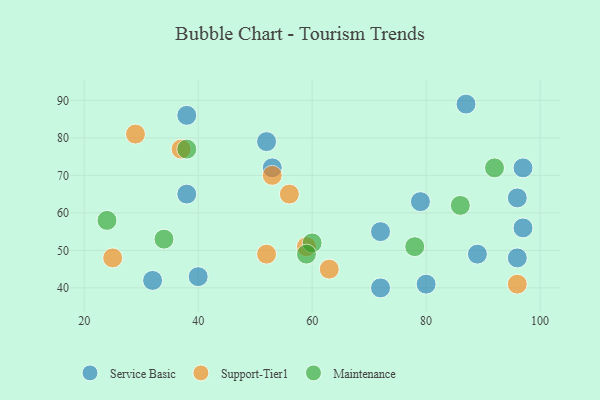
{"axis": {"x": "GDP", "y": "Life Expectancy"}, "legend": ["Maintenance", "Service Basic", "Support-Tier1"], "data": [{"x": "87", "y": 89, "type": "Service Basic"}, {"x": "53", "y": 72, "type": "Service Basic"}, {"x": "96", "y": 64, "type": "Service Basic"}, {"x": "72", "y": 55, "type": "Service Basic"}, {"x": "32", "y": 42, "type": "Service Basic"}, {"x": "52", "y": 79, "type": "Service Basic"}, {"x": "89", "y": 49, "type": "Service Basic"}, {"x": "38", "y": 86, "type": "Service Basic"}, {"x": "97", "y": 56, "type": "Service Basic"}, {"x": "96", "y": 48, "type": "Service Basic"}, {"x": "38", "y": 65, "type": "Service Basic"}, {"x": "80", "y": 41, "type": "Service Basic"}, {"x": "72", "y": 40, "type": "Service Basic"}, {"x": "40", "y": 43, "type": "Service Basic"}, {"x": "97", "y": 72, "type": "Service Basic"}, {"x": "79", "y": 63, "type": "Service Basic"}, {"x": "63", "y": 45, "type": "Support-Tier1"}, {"x": "96", "y": 41, "type": "Support-Tier1"}, {"x": "53", "y": 70, "type": "Support-Tier1"}, {"x": "56", "y": 65, "type": "Support-Tier1"}, {"x": "25", "y": 48, "type": "Support-Tier1"}, {"x": "59", "y": 51, "type": "Support-Tier1"}, {"x": "29", "y": 81, "type": "Support-Tier1"}, {"x": "52", "y": 49, "type": "Support-Tier1"}, {"x": "37", "y": 77, "type": "Support-Tier1"}, {"x": "38", "y": 77, "type": "Maintenance"}, {"x": "24", "y": 58, "type": "Maintenance"}, {"x": "60", "y": 52, "type": "Maintenance"}, {"x": "78", "y": 51, "type": "Maintenance"}, {"x": "86", "y": 62, "type": "Maintenance"}, {"x": "59", "y": 49, "type": "Maintenance"}, {"x": "92", "y": 72, "type": "Maintenance"}, {"x": "34", "y": 53, "type": "Maintenance"}]}